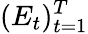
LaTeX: (E_{t})_{t=1}^{T}